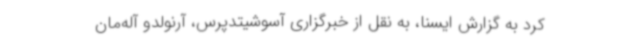
کرد به گزارش ایسنا، به نقل از خبرگزاری آسوشیتدپرس، آرنولدو آله‌مان